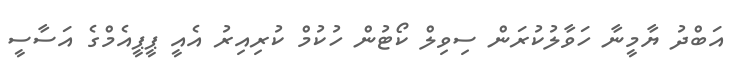
އަބްދު ޔާމީނާ ހަވާލުކުރަން ސިވިލް ކޯޓުން ހުކުމް ކުރިއިރު އެއީ ޕީޕީއެމްގެ އަސާސީ